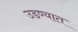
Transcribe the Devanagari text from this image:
उडण्यात